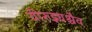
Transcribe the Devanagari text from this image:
वीरुद्भ्यश्चैव